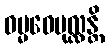
ဓမ္မဝေပုလ္လန္တိ